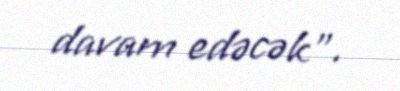
davam edəcək”.